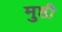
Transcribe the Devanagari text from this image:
मुष्ठी